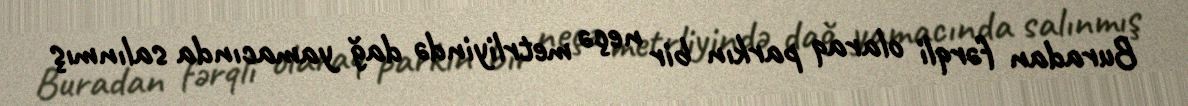
Buradan fərqli olaraq parkın bir neçə metrliyində dağ yamacında salınmış